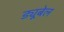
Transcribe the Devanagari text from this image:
ड्यूबेल